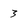
Character: 3